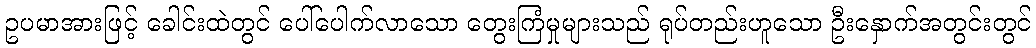
ဥပမာအားဖြင့် ခေါင်းထဲတွင် ပေါ်ပေါက်လာသော တွေးကြံမှုများသည် ရုပ်တည်းဟူသော ဦးနှောက်အတွင်းတွင်